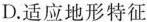
D.适应地形特征